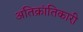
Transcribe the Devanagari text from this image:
अतिक्रांतिकारी